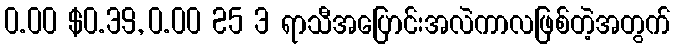
0.00 $0.39, 0.00 25 3 ရာသီအပြောင်းအလဲကာလဖြစ်တဲ့အတွက်